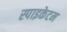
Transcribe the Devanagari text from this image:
स्पाइकेटम